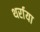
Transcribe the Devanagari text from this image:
थर्राया